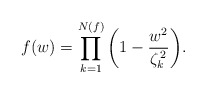
\begin{align*}f(w)=\prod_{k=1}^{N(f)}\left(1-\frac{w^{2}}{\zeta_{k}^{\,2}}\right)\!.\end{align*}